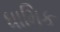
ધામિક